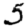
Digit: 5